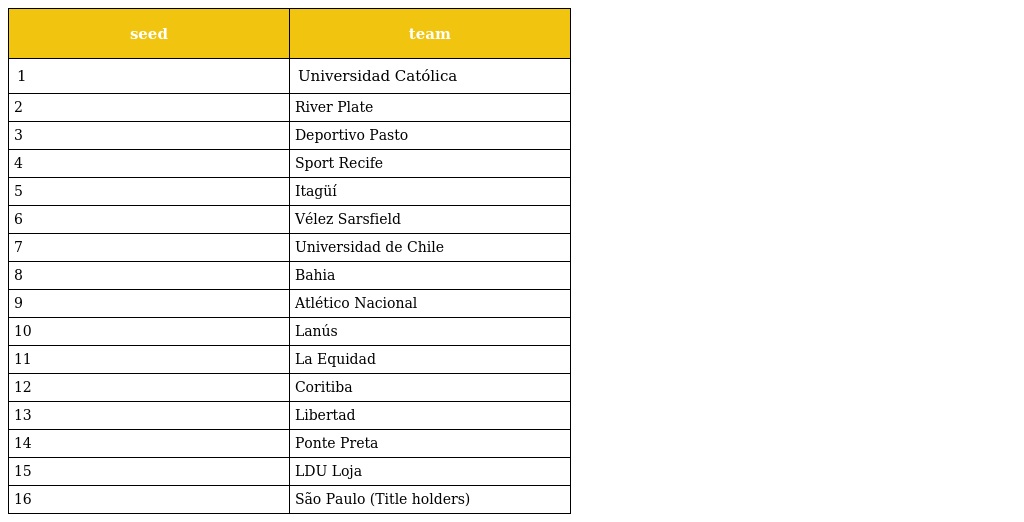
| seed | team |
 | --- | --- |
 | 1 | Universidad Católica |
 | 2 | River Plate |
 | 3 | Deportivo Pasto |
 | 4 | Sport Recife |
 | 5 | Itagüí |
 | 6 | Vélez Sarsfield |
 | 7 | Universidad de Chile |
 | 8 | Bahia |
 | 9 | Atlético Nacional |
 | 10 | Lanús |
 | 11 | La Equidad |
 | 12 | Coritiba |
 | 13 | Libertad |
 | 14 | Ponte Preta |
 | 15 | LDU Loja |
 | 16 | São Paulo (Title holders) |